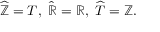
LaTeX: { \widehat { \mathbb { Z } } } = T , \ { \widehat { \mathbb { R } } } = \mathbb { R } , \ { \widehat { T } } = \mathbb { Z } .